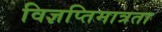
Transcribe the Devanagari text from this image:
विज्ञप्तिमात्रता